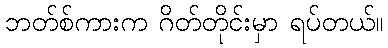
ဘတ်စ်ကားက ဂိတ်တိုင်းမှာ ရပ်တယ်။